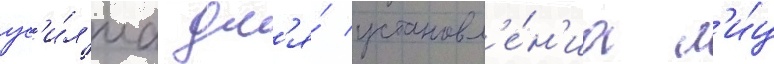
ус'и́л'иа дл'я́ установл'е́н'иа л'и́ц